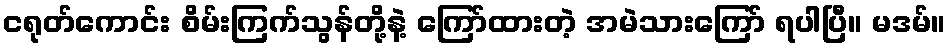
ငရုတ်ကောင်း စိမ်းကြက်သွန်တို့နဲ့ ကြော်ထားတဲ့ အမဲသားကြော် ရပါပြီ။ မဒမ်။